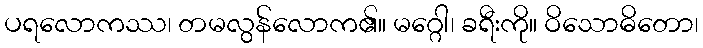
ပရလောကဿ၊ တမလွန်လောက၏။ မဂ္ဂေါ၊ ခရီးကို။ ဝိသောဓိတော၊